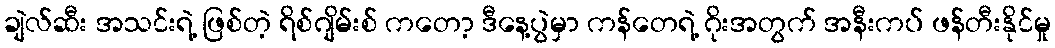
ချဲလ်ဆီး အသင်းရဲ့ ဖြစ်တဲ့ ရိစ်ဂျိမ်းစ် ကတော့ ဒီနေ့ပွဲမှာ ကန်တေရဲ့ ဂိုးအတွက် အနီးကပ် ဖန်တီးနိုင်မှု